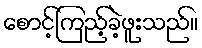
စောင့်ကြည့်ခဲ့ဖူးသည်။